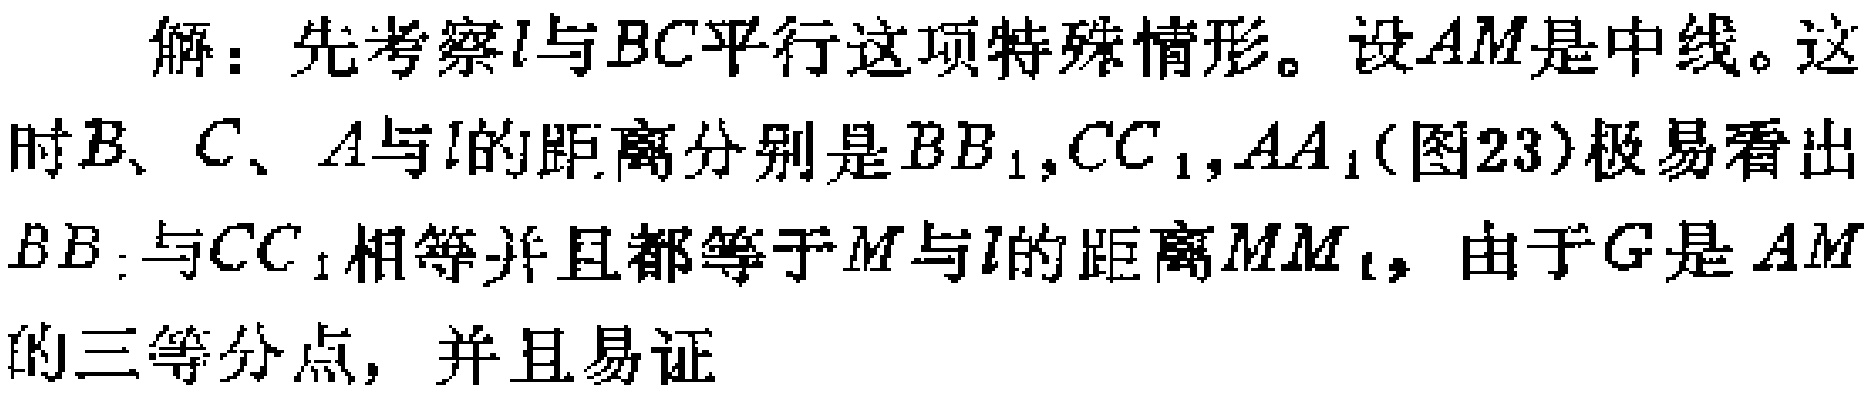
解：先考察\(l\)与\(BC\)平行这项特殊情形。设\(AM\)是中线。这时\(B\)、\(C\)、\(A\)与\(l\)的距离分别是\(BB_{1},CC_{1},AA_{1}\)(图23)极易看出\(BB_{1}\)与\(CC_{1}\)相等并且都等于\(M\)与\(l\)的距离\(MM_{1}\)，由于\(G\)是\(AM\)的三等分点，并且易证